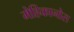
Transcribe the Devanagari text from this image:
मेहिकानोस